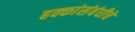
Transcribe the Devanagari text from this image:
हक्कांसंबंधीचे